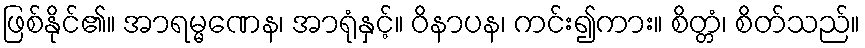
ဖြစ်နိုင်၏။ အာရမ္မဏေန၊ အာရုံနှင့်။ ဝိနာပန၊ ကင်း၍ကား။ စိတ္တံ၊ စိတ်သည်။